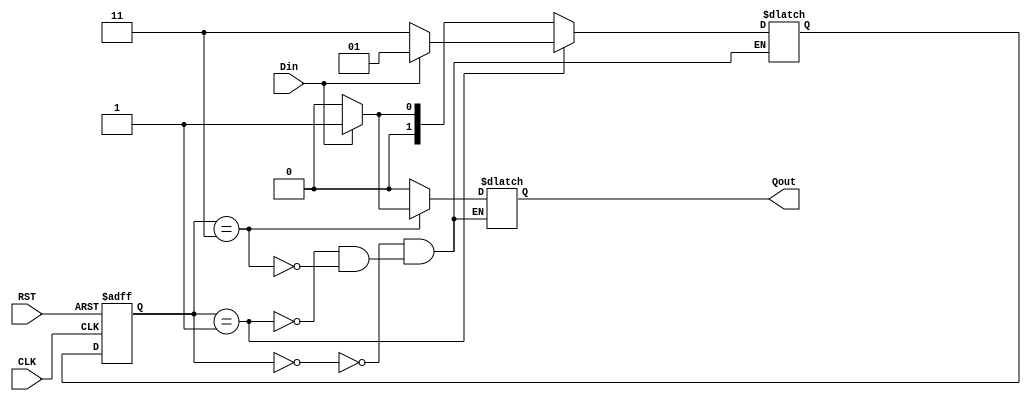
// simple Sequence(101) Detector circuit
// implemented in Mealy Machine, and encoded in Grey-code
module MEALY_GRY1(CLK, Din, RST, Qout);
    input CLK, RST, Din;
    output Qout;

    reg Qout;

    // state coding
    // declare the value for all states
    parameter [1:0] S0 = 2'b00; // 0,  empty state
    parameter [1:0] S1 = 2'b01; // 1,  1...1 consecutive 1s
    parameter [1:0] S2 = 2'b11; // 10, 1...10
    // delcare Current State and Next State
    reg [1:0] CS;
    reg [1:0] NS;

    always @(posedge CLK or posedge RST) begin
        if (RST == 1'b1)
            CS = S0; // initial state
        else
            CS = NS;
    end
    
    always @(CS or Din) begin
        case (CS)
            S0: begin
                if (Din == 1'b0) begin
                    NS = S0;
                    Qout = 1'b0;
                end
                else begin
                    NS = S1;
                    Qout = 1'b0;
                end
            end
            S1: begin
                if (Din == 1'b0) begin
                    NS = S2;
                    Qout = 1'b0;
                end
                else begin
                    NS = S1;
                    Qout = 1'b0;
                end
            end
            S2: begin
                if (Din == 1'b0) begin
                    NS = S0;
                    Qout = 1'b0;
                end
                else begin
                    NS = S1;
                    Qout = 1'b1;
                end
            end     
        endcase
    end
endmodule